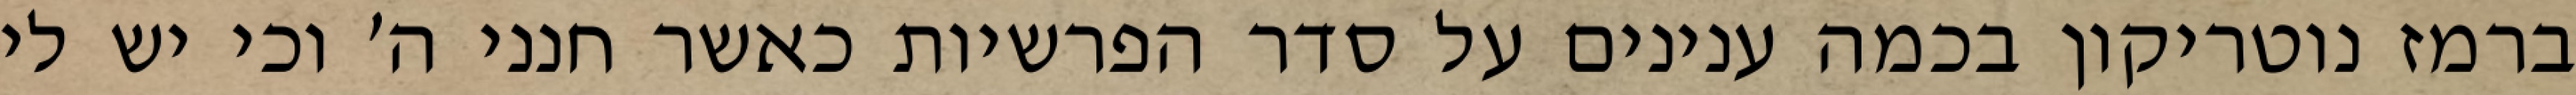
ברמז נוטריקון בכמה ענינים על סדר הפרשיות כאשר חנני ה׳ וכי יש לי